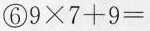
⑥$$9 \times 7 + 9 =$$